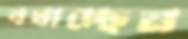
বখাচ্ছেন